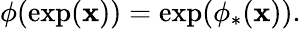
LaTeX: \phi(\exp(\mathbf{x}))=\exp(\phi_{*}(\mathbf{x})).